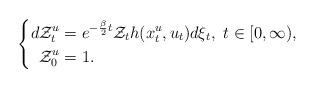
LaTeX: \begin{align*}\left\{\begin{aligned}d\mathcal{Z}_t^u&=e^{-\frac{\beta}{2}t}\mathcal{Z}_th(x_t^u,u_t)d\xi_t,\ t\in[0,\infty),\\\mathcal{Z}_0^u&=1.\end{aligned}\right.\end{align*}